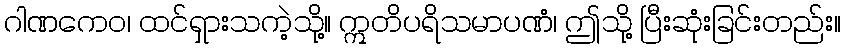
ဂါဏကေဝ၊ ထင်ရှားသကဲ့သို့။ ဣတိပရိသမာပဏံ၊ ဤသို့ ပြီးဆုံးခြင်းတည်း။